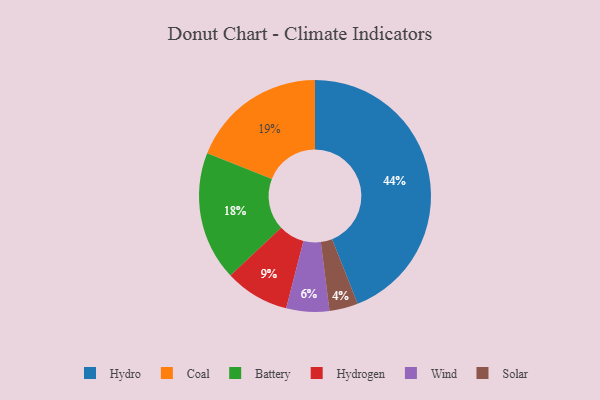
{"axis": {"x": "Category", "y": "Percentage"}, "legend": ["Battery", "Coal", "Hydro", "Hydrogen", "Solar", "Wind"], "data": [{"x": "Hydro", "y": 44, "type": "Hydro"}, {"x": "Battery", "y": 18, "type": "Battery"}, {"x": "Solar", "y": 4, "type": "Solar"}, {"x": "Wind", "y": 6, "type": "Wind"}, {"x": "Hydrogen", "y": 9, "type": "Hydrogen"}, {"x": "Coal", "y": 19, "type": "Coal"}]}